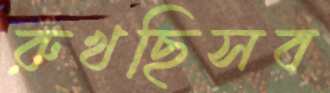
রুখছিসব